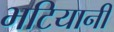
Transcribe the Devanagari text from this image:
भटियानी